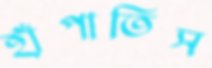
হাঁপাতিস